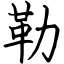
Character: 勒